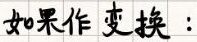
如果作变换：